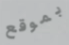
بموقع